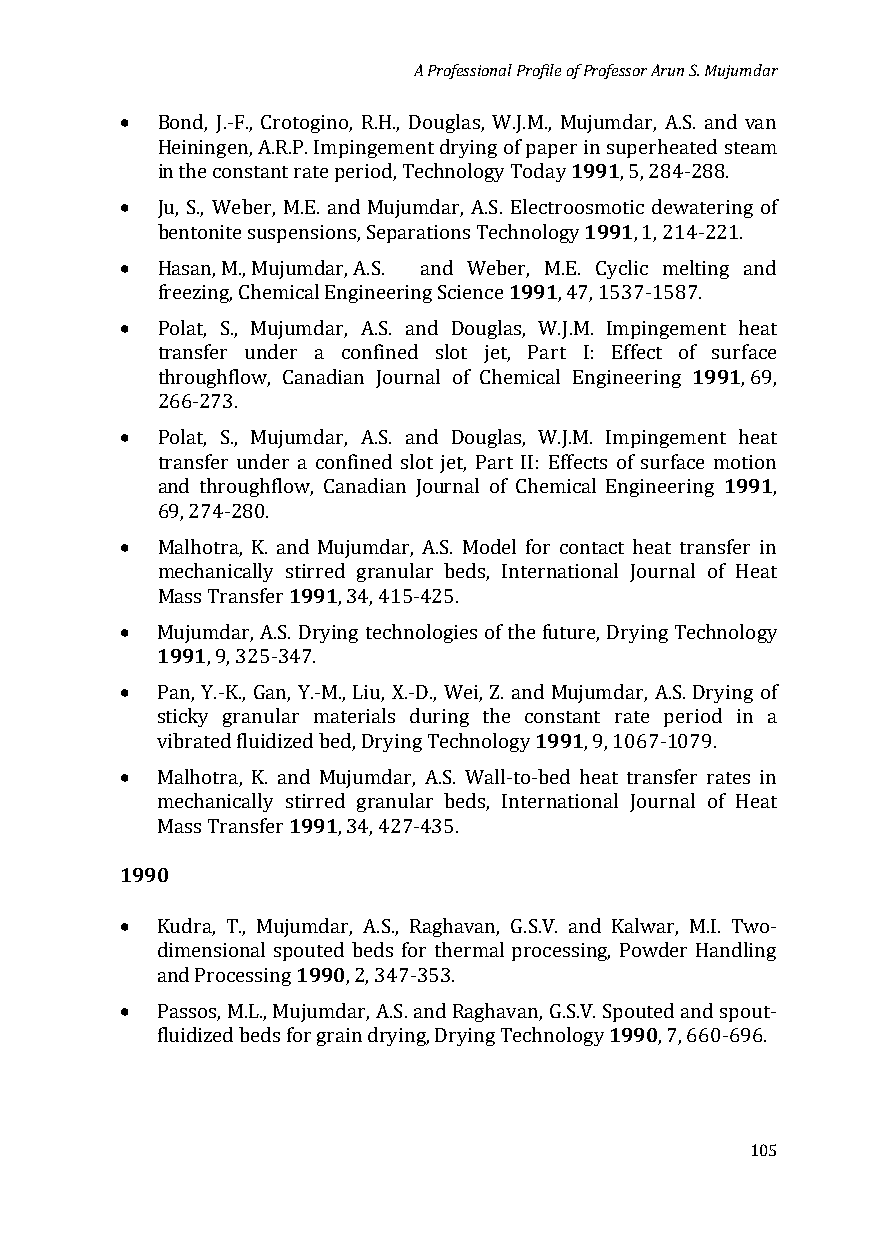
A Professional Profile of Professor Arun S. Mujumdar
 •
 Bond, J.-F., Crotogino, R.H., Douglas, W.J.M., M1u9ju9m1dar, A.S. and van
 Heiningen, A.R.P. Impingement drying of paper in superheated steam
 •
 in the constant rate period, Technology Today , 5, 284-288.
 1991
 Ju, S., Weber, M.E. and Mujumdar, A.S. Electroosmotic dewatering of
 •
 bentonite suspensions, Separations Technology , 1, 214-221.
 1991
 Hasan, M., Mujumdar, A.S. and Weber, M.E. Cyclic melting and
 •
 freezing, Chemical Engineering Science , 47, 1537-1587.
 Polat, S., Mujumdar, A.S. and Douglas, W.J.M. Impingem1e9n9t 1heat
 transfer under a confined slot jet, Part I: Effect of surface
 throughflow, Canadian Journal of Chemical Engineering , 69,
 •
 266-273.
 Polat, S., Mujumdar, A.S. and Douglas, W.J.M. Impingement1 9h9ea1t
 transfer under a confined slot jet, Part II: Effects of surface motion
 and throughflow, Canadian Journal of Chemical Engineering ,
 •
 69, 274-280.
 Malhotra, K. an1d9 9M1ujumdar, A.S. Model for contact heat transfer in
 mechanically stirred granular beds, International Journal of Heat
 •
 Mass Transfer , 34, 415-425.
 1991
 Mujumdar, A.S. Drying technologies of the future, Drying Technology
 •
 , 9, 325-347.
 Pan, Y.-K., Gan, Y.-M., Liu, X.-D., Wei, Z. and1 9M9u1jumdar, A.S. Drying of
 sticky granular materials during the constant rate period in a
 •
 vibrated fluidized bed, Drying Technology , 9, 1067-1079.
 Malhotra, K. an1d9 9M1ujumdar, A.S. Wall-to-bed heat transfer rates in
 mechanically stirred granular beds, International Journal of Heat
 1990M ass Transfer , 34, 427-435.
 •
 Kudra, T., Muju1m9d9a0r, A.S., Raghavan, G.S.V. and Kalwar, M.I. Two-
 dimensional spouted beds for thermal processing, Powder Handling
 •
 and Processing , 2, 347-353.
 1990
 Passos, M.L., Mujumdar, A.S. and Raghavan, G.S.V. Spouted and spout-
 fluidized beds for grain drying, Drying Technology , 7, 660-696.
 105